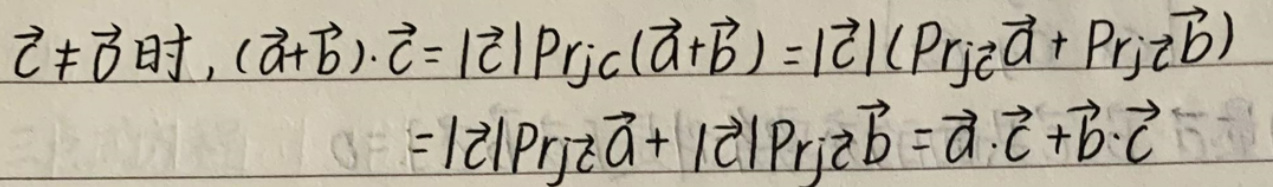
\[
\begin{align*}
\vec{c} \neq \vec{0} \text{时}, (\vec{a}+\vec{b})\cdot\vec{c}&=|\vec{c}| \text{Prj}_{\vec{c}}(\vec{a}+\vec{b}) = |\vec{c}|(\text{Prj}_{\vec{c}}\vec{a}+\text{Prj}_{\vec{c}}\vec{b})\\
&=|\vec{c}|\text{Prj}_{\vec{c}}\vec{a}+|\vec{c}|\text{Prj}_{\vec{c}}\vec{b}=\vec{a}\cdot\vec{c}+\vec{b}\cdot\vec{c}
\end{align*}
\]